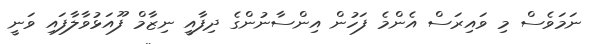
ނަމަވެސް މި ވައިރަސް އެންމެ ފަހުން އިންސާނުންގެ ދިފާއީ ނިޒާމް ފޫއަޅުވާލާފައި ވަނީ